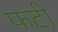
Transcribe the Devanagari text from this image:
फटीं